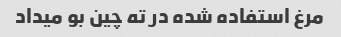
مرغ استفاده شده در ته چین بو میداد